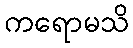
ကရောမသိ